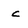
Character: c